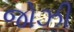
જોઝી